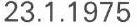
23.1.1975